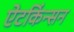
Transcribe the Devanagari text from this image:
ऐटकिंन्सन